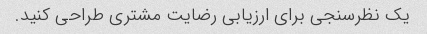
یک نظرسنجی برای ارزیابی رضایت مشتری طراحی کنید.